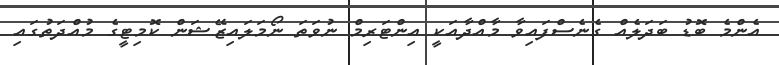
އެންމެ ބޮޑު ބަދަލެއް ގެނެސްފައިވާ މާއްދާއަކީ އިންޓަރިމް ނުވަތަ ނޯމަލައިޒޭޝަން ކޮމިޓީގެ މުއްދަތުގައި